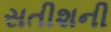
સતીશની